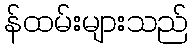
န်ထမ်းများသည်